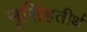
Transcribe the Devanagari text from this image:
नृसिंहतीर्थ